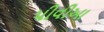
પીવીઆ